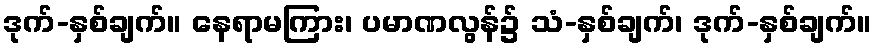
ဒုက်-နှစ်ချက်။ နေရာမကြား၊ ပမာဏလွန်၌ သံ-နှစ်ချက်၊ ဒုက်-နှစ်ချက်။